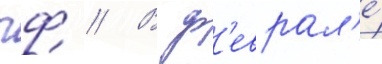
чф // В ф'еврал'е́